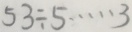
5 3 \div 5 \cdots 3